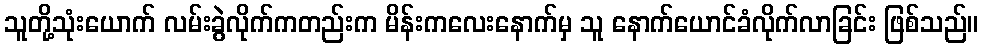
သူတို့သုံးယောက် လမ်းခွဲလိုက်ကတည်းက မိန်းကလေးနောက်မှ သူ နောက်ယောင်ခံလိုက်လာခြင်း ဖြစ်သည်။